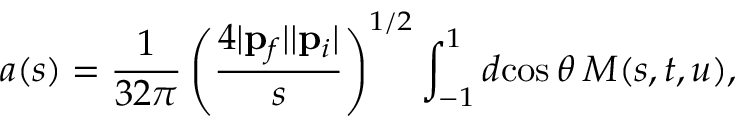
a ( s ) = \frac { 1 } { 3 2 \pi } \left( \frac { 4 | { \bf p } _ { f } | | { \bf p } _ { i } | } { s } \right) ^ { 1 / 2 } \int _ { - 1 } ^ { 1 } d \! \cos \theta \: M ( s , t , u ) ,